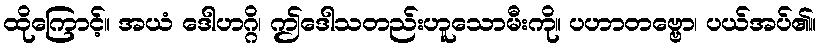
ထိုကြောင့်။ အယံ ဒေါဟဂ္ဂိ၊ ဤဒေါသတည်းဟူသောမီးကို။ ပဟာတဗ္ဗော၊ ပယ်အပ်၏။